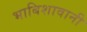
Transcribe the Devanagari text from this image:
भाबिशावानी